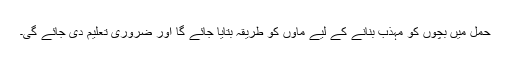
حمل میں بچوں کو مہذب بنانے کے لیے ماؤں کو طریقہ بتایا جائے گا اور ضروری تعلیم دی جائے گی۔